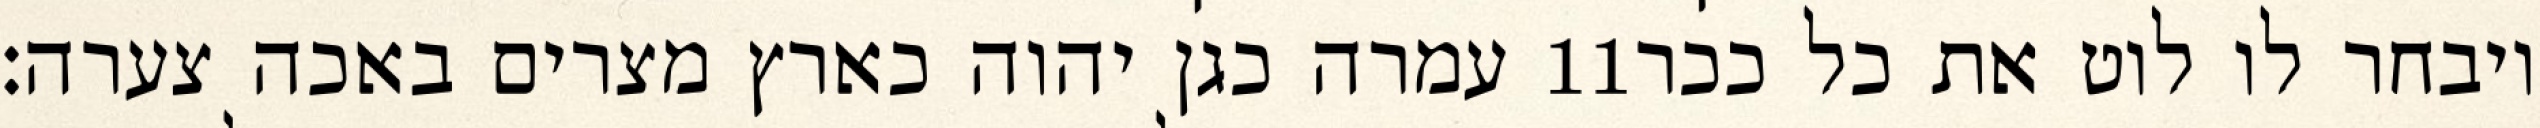
עמרה כגן יהוה כארץ מצרים באכה צערה׃ ‎11‏ ויבחר לו לוט את כל ככר